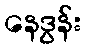
နေဒွန်း